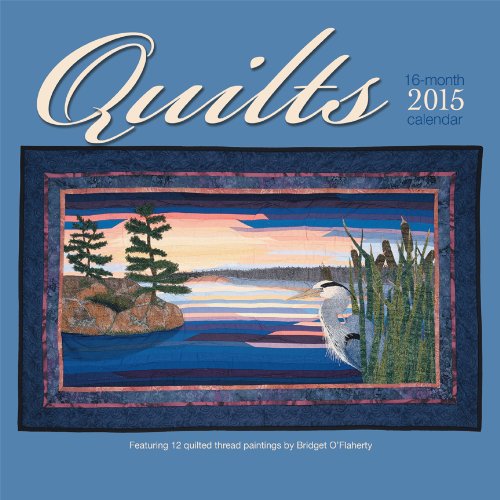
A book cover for Quilts 2015 Square 12x12 Wyman; Browntrout Publishers; Calendars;